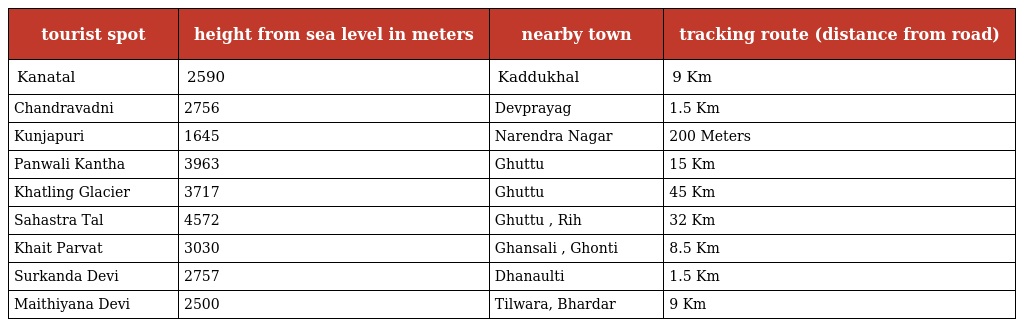
| tourist spot | height from sea level in meters | nearby town | tracking route (distance from road) |
 | --- | --- | --- | --- |
 | Kanatal | 2590 | Kaddukhal | 9 Km |
 | Chandravadni | 2756 | Devprayag | 1.5 Km |
 | Kunjapuri | 1645 | Narendra Nagar | 200 Meters |
 | Panwali Kantha | 3963 | Ghuttu | 15 Km |
 | Khatling Glacier | 3717 | Ghuttu | 45 Km |
 | Sahastra Tal | 4572 | Ghuttu , Rih | 32 Km |
 | Khait Parvat | 3030 | Ghansali , Ghonti | 8.5 Km |
 | Surkanda Devi | 2757 | Dhanaulti | 1.5 Km |
 | Maithiyana Devi | 2500 | Tilwara, Bhardar | 9 Km |